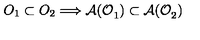
O _ { 1 } \subset O _ { 2 } \Longrightarrow \mathcal { A ( O } _ { 1 } \mathcal { ) } \subset \mathcal { A ( O } _ { 2 } \mathcal { ) }